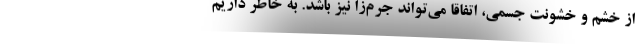
از خشم و خشونت جسمی، اتفاقا می‌تواند جرم‌زا نیز باشد. به خاطر داریم